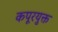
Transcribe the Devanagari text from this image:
कपूरयुक्त